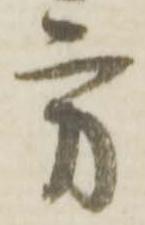
方